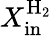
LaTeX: X_{\mathrm{in}}^{\mathrm{H_{2}}}